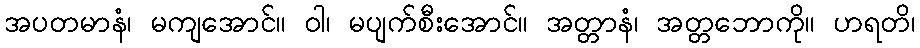
အပတမာနံ၊ မကျအောင်။ ဝါ၊ မပျက်စီးအောင်။ အတ္တာနံ၊ အတ္တဘောကို။ ဟရတိ၊